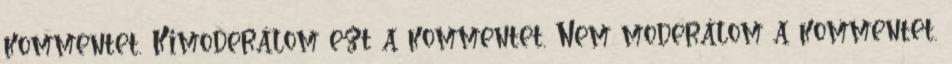
kommentet. Kimoderálom ezt a kommentet. Nem moderálom a kommentet.